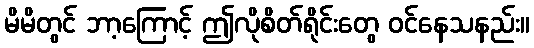
မိမိတွင် ဘာ့ကြောင့် ဤလိုစိတ်ရိုင်းတွေ ဝင်နေသနည်း။